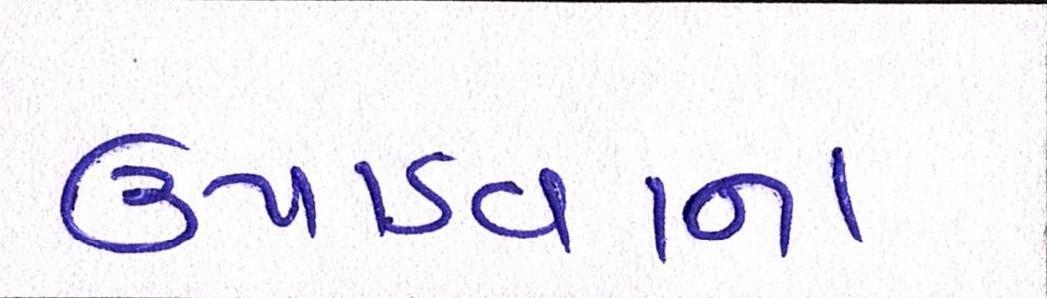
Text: ઉપાડવાના